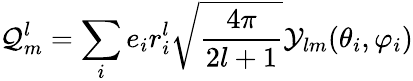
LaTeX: \mathcal{Q}_{m}^{l}=\sum_{i}e_{i}r_{i}^{l}\sqrt{\frac{4\pi}{2l+1}}\mathcal{Y}_{lm}(\theta_{i},\varphi_{i})